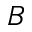
B